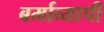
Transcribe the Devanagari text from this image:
बर्माव्यापी